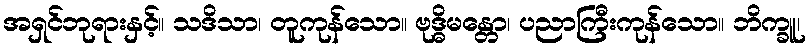
အရှင်ဘုရားနှင့်။ သဒိသာ၊ တူကုန်သော။ ဗုဒ္ဓိမန္တော၊ ပညာကြီးကုန်သော။ ဘိက္ခူ၊